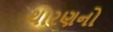
થારણનો